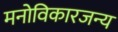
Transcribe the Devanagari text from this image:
मनोविकारजन्य